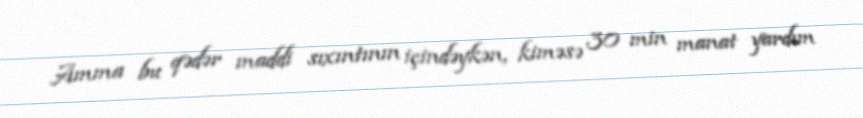
Amma bu qədər maddi sıxıntının içindəykən, kiməsə 30 min manat yardım